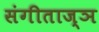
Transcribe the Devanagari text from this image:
संगीताज्ञ